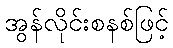
အွန်လိုင်းစနစ်ဖြင့်